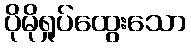
ပိုမိုရှုပ်ထွေးသော